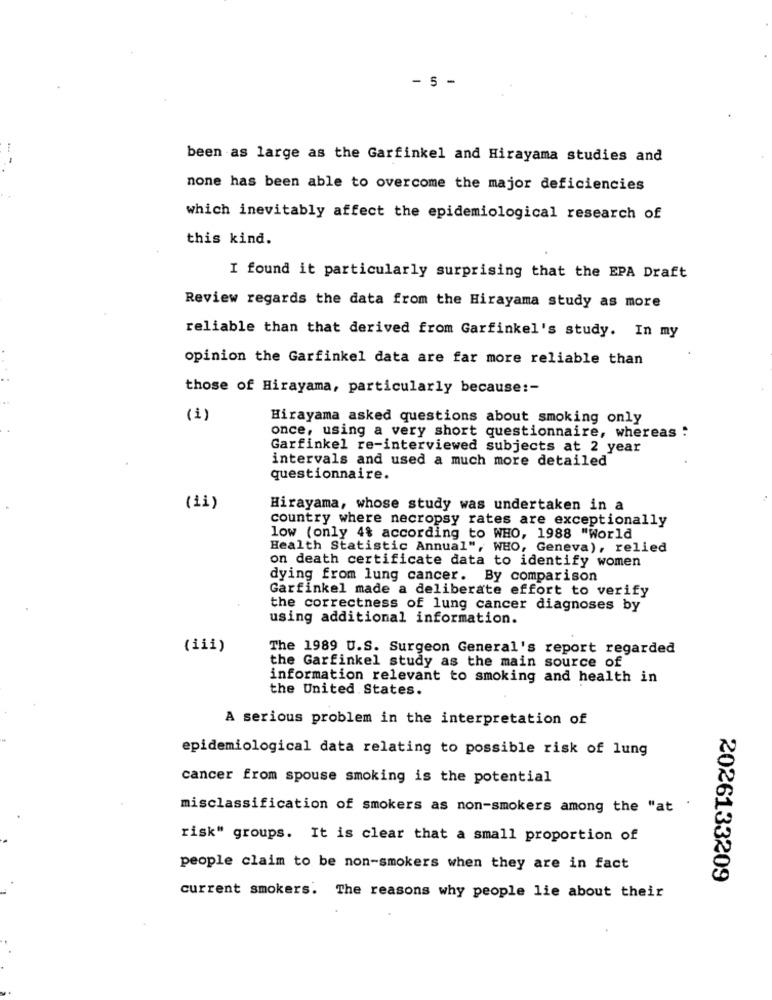
- 5 -
been as large as the Garfinkel and Hirayama studies and
none has been able to overcome the major deficiencies
which inevitably affect the epidemiological research of
this kind.
I found it particularly surprising that the EPA Draft
Review regards the data from the Hirayama study as more
reliable than that derived from Garfinkel's study. In my
opinion the Garfinkel data are far more reliable than
those of Hirayama, particularly because :-
(1)
Hirayama asked questions about smoking only
once, using a very short questionnaire, whereas :
Garfinkel re-interviewed subjects at 2 year
intervals and used a much more detailed
questionnaire.
(11)
Hirayama, whose study was undertaken in a
country where necropsy rates are exceptionally
low (only 4% according to WHO, 1988 "World
Health Statistic Annual", WHO, Geneva), relied
on death certificate data to identify women
dying from lung cancer. By comparison
Garfinkel made a deliberate effort to verify
the correctness of lung cancer diagnoses by
using additional information.
(iii)
The 1989 U.S. Surgeon General's report regarded
the Garfinkel study as the main source of
information relevant to smoking and health in
the United States.
A serious problem in the interpretation of
epidemiological data relating to possible risk of lung
cancer from spouse smoking is the potential
misclassification of smokers as non-smokers among the "at .
risk" groups. It is clear that a small proportion of
people claim to be non-smokers when they are in fact
2026133209
current smokers. The reasons why people lie about their